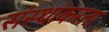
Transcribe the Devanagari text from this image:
संस्थांकरता